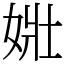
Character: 𡝂